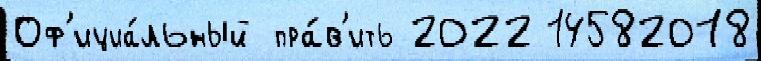
Оф'ициа́льный пра́в'ить 2022 14582018